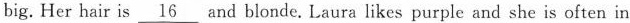
big. Her hair is \underline{16} and blonde. Laura likes purple and she is often in